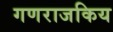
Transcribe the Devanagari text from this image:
गणराजकिय